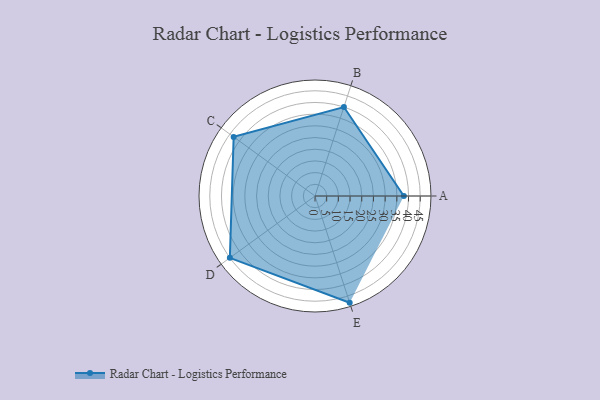
{"axis": {"x": "Skill", "y": "Score"}, "legend": ["Profile"], "data": [{"x": "A", "y": 38.0, "type": "Profile"}, {"x": "B", "y": 40.0, "type": "Profile"}, {"x": "C", "y": 43.0, "type": "Profile"}, {"x": "D", "y": 45.0, "type": "Profile"}, {"x": "E", "y": 48.0, "type": "Profile"}]}